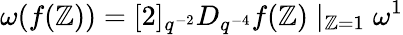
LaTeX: \omega(f(\mathbb{Z}))=[2]_{q^{-2}}D_{q^{-4}}f(\mathbb{Z})\mid_{\mathbb{Z}=1}\omega^{1}